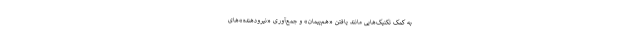
به کمک تکنیک‌هایی مانند یافتن «هم‌پیمان» و جمع‌آوری «نیرودهنده»های